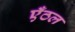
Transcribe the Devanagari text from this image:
एँठल